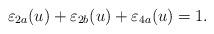
LaTeX: \begin{align*}\varepsilon_{2a}(u) + \varepsilon_{2b}(u) + \varepsilon_{4a}(u) = 1.\end{align*}